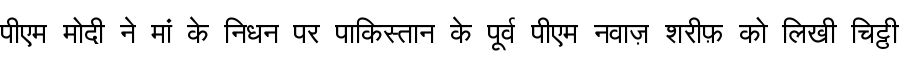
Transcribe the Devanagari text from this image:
पीएम मोदी ने मां के निधन पर पाकिस्तान के पूर्व पीएम नवाज़ शरीफ़ को लिखी चिट्ठी